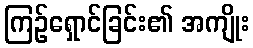
ကြဉ်ရှောင်ခြင်း၏ အကျိုး